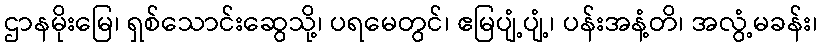
ဌာနမိုးမြေ၊ ရှစ်သောင်းဆွေသို့၊ ပရမေတွင်၊ ဧမြပျံ့ပျံ့၊ ပန်းအနံ့တိ၊ အလွံ့မခန်း၊